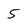
Character: 5